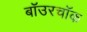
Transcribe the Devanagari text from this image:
बॉउरचॉक